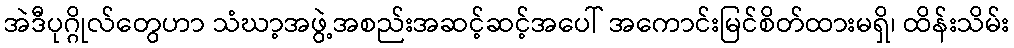
အဲဒီပုဂ္ဂိုလ်တွေဟာ သံဃာ့အဖွဲ့အစည်းအဆင့်ဆင့်အပေါ် အကောင်းမြင်စိတ်ထားမရှိ၊ ထိန်းသိမ်း